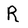
Character: R